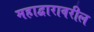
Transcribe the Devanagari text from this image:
महाद्वारावरील